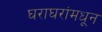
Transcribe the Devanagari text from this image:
घराघरांमधून